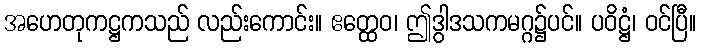
အဟေတုကဋ္ဌကသည် လည်းကောင်း။ ဧတ္ထေဝ၊ ဤဒွါဒသကမဂ္ဂ၌ပင်။ ပဝိဋ္ဌံ၊ ဝင်ပြီ။